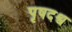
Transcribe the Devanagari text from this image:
पृषदश्व